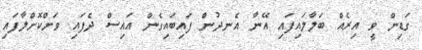
ގަޑިން ވީ އިރެއް ބަލާލައިފައި އޭނާ އެނދުން ފައިބައިގެން އައިސް ދެފައި ވަށްކޮށްލާފައި